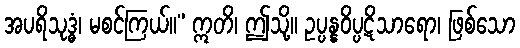
အပရိသုဒ္ဓံ၊ မစင်ကြယ်။” ဣတိ၊ ဤသို့။ ဥပ္ပန္နဝိပ္ပဋိသာရော၊ ဖြစ်သော